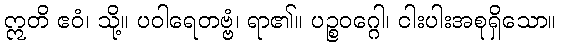
ဣတိ ဧဝံ၊ သို့။ ပဝါရေတဗ္ဗံ၊ ရာ၏။ ပဉ္စဝဂ္ဂေါ၊ ငါးပါးအစုရှိသော။